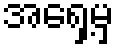
အရှေ့မှ